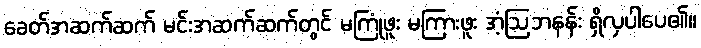
ခေတ်အဆက်ဆက် မင်းအဆက်ဆက်တွင် မကြုံဖူး မကြားဖူး အံ့ဩဘနန်း ရှိလှပါပေ၏။